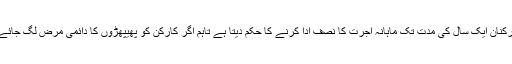
اگر حادثہ کی وجہ سے عارضی معذوری، چاہے کلی یا جزوی، پیدا ہو تو قانون معاوضہ کارکنان ایک سال کی مدت تک ماہانہ اجرت کا نصف ادا کرنے کا حکم دیتا ہے تاہم اگر کارکن کو پھیپھڑوں کا دائمی مرض لگ جائے تو اسے پانچ سال کی مدت تک ماہانہ اجرت کا تیسرا حصہ ادا کرنے کی ہدایت کی گئ ہے۔